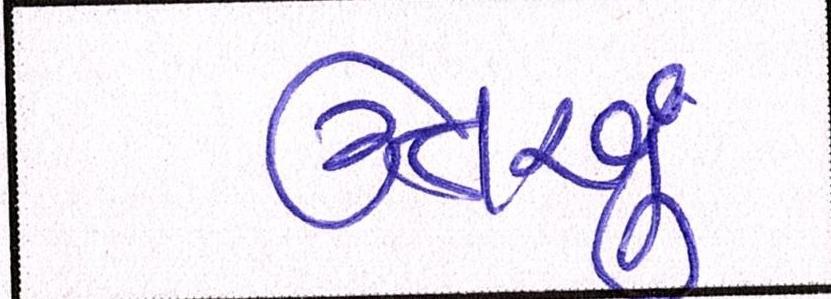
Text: ઉતરવું